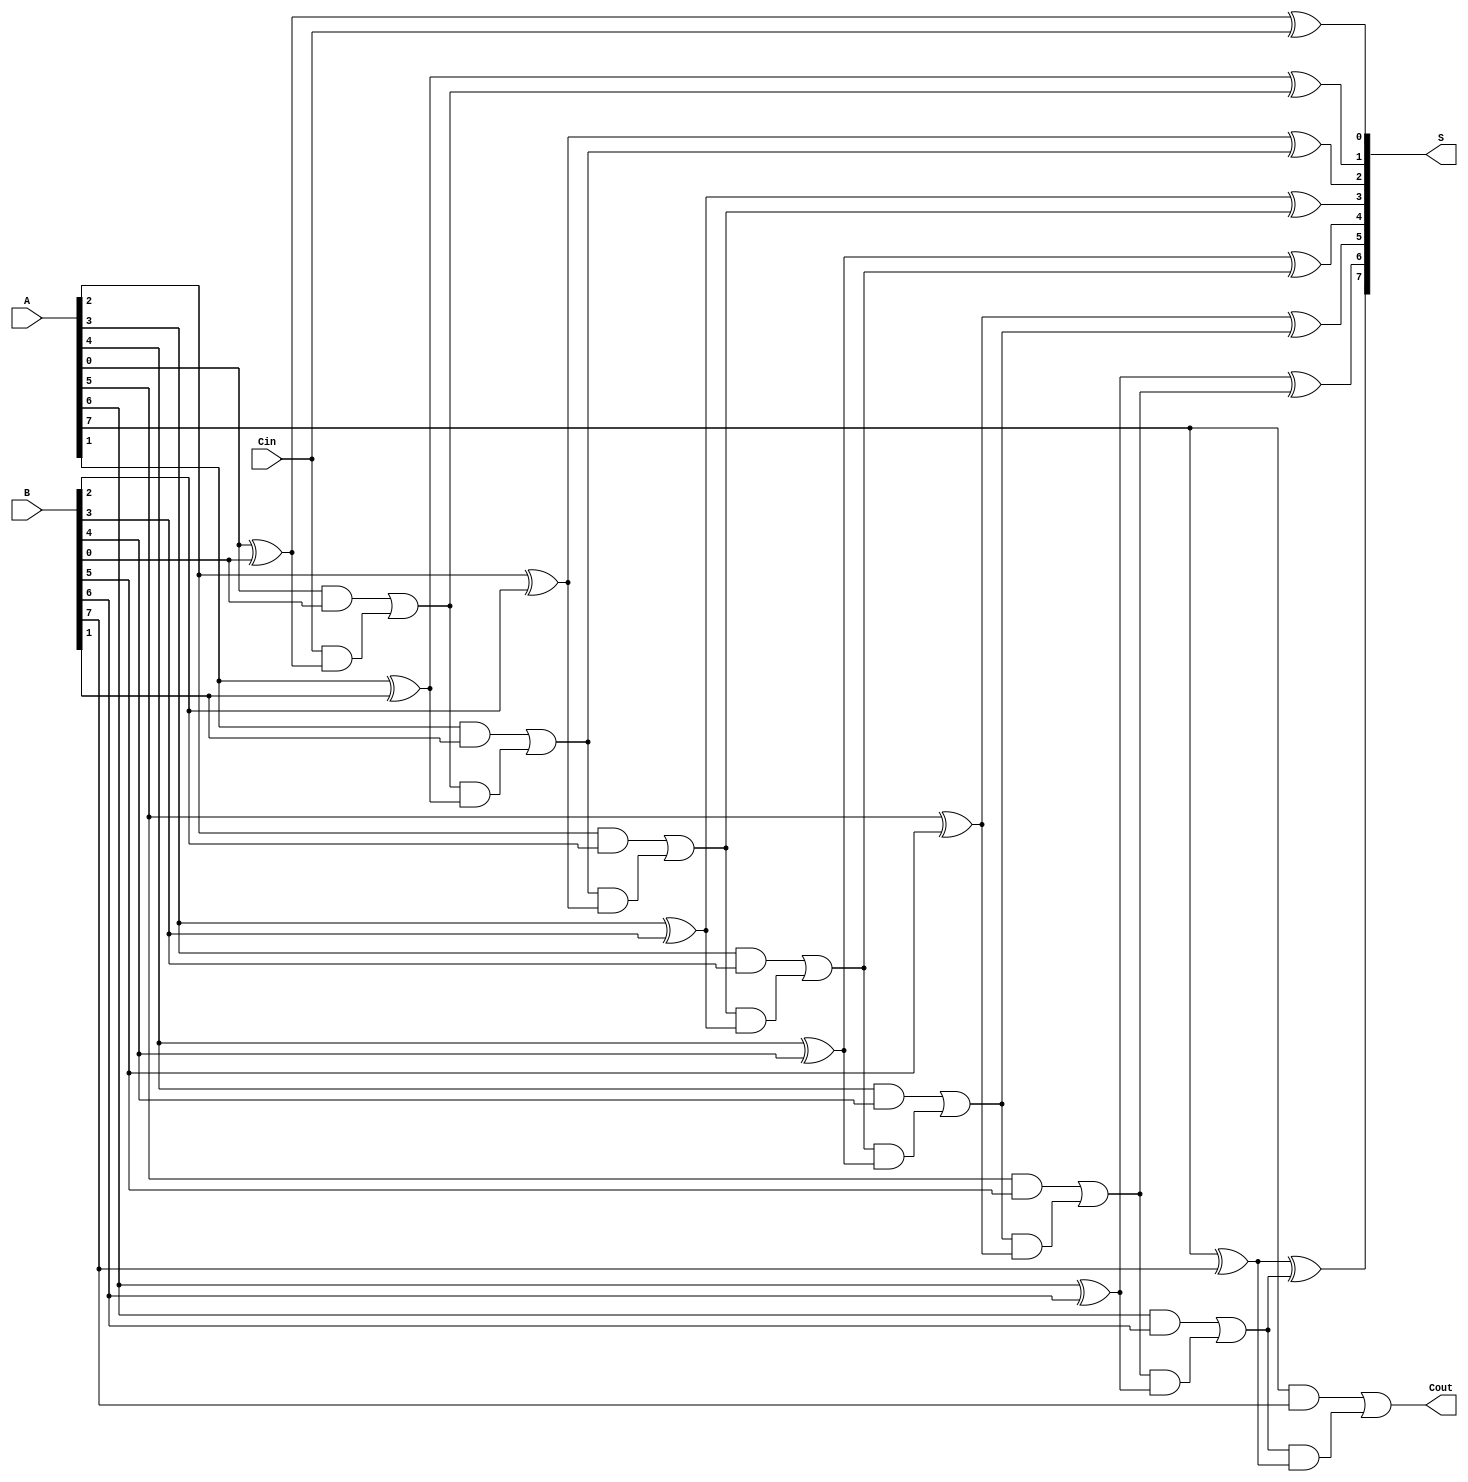
module ManchesterCarryChainAdder #(parameter N = 8) (
    input  wire [N-1:0] A,     // First operand
    input  wire [N-1:0] B,     // Second operand
    input  wire Cin,           // Carry-in
    output wire [N-1:0] S,     // Sum output
    output wire Cout           // Carry-out
);

    wire [N:0] C; // Carry signals, C[0] is the carry-in

    // Assign the carry-in to C[0]
    assign C[0] = Cin;

    // Generate sum and carry for each bit
    genvar i;
    generate
        for (i = 0; i < N; i = i + 1) begin : adder
            // Sum calculation
            assign S[i] = A[i] ^ B[i] ^ C[i];

            // Carry calculation
            assign C[i + 1] = (A[i] & B[i]) | (C[i] & (A[i] ^ B[i]));
        end
    endgenerate

    // Assign the final carry-out
    assign Cout = C[N];

endmodule